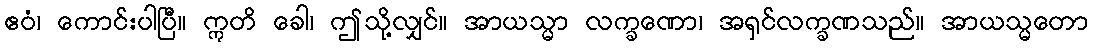
ဧဝံ၊ ကောင်းပါပြီ။ ဣတိ ခေါ၊ ဤသို့လျှင်။ အာယသ္မာ လက္ခဏော၊ အရှင်လက္ခဏသည်။ အာယသ္မတော